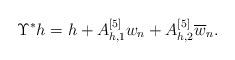
LaTeX: \begin{align*}\Upsilon^{*}h=h+A_{h,1}^{[5]}w_{n}+A_{h,2}^{[5]}\overline{w}_{n}.\end{align*}